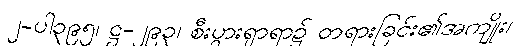
၂-ပါ၃၉၅၊ ဋ္ဌ-၂၉၃၊ စီးပွားရှာရာ၌ တရားခြင်း၏အကျိုး၊